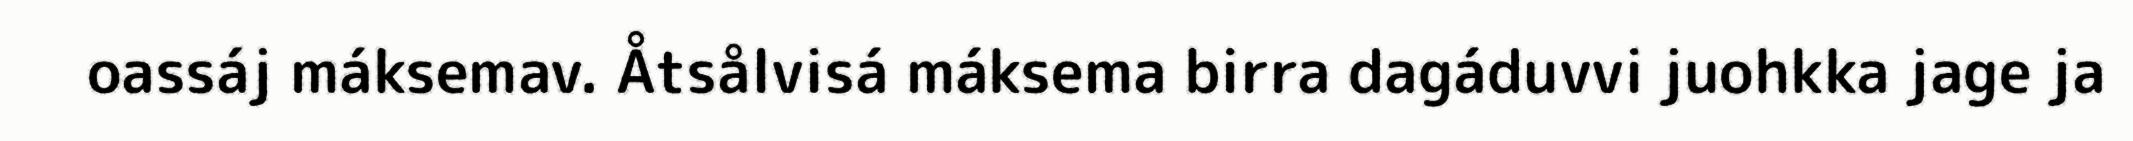
oassáj máksemav. Åtsålvisá máksema birra dagáduvvi juohkka jage ja